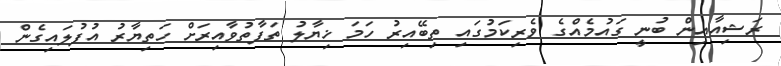
ރަޝިއާއިން ބުނީ ގައުމެއްގެ ވެރިކަމުގައި ތިބޭއިރު ހަމަ ޚިޔާލު ތަފާތުވާއިރަށް ހަތިޔާރު އުފުލައިގެން